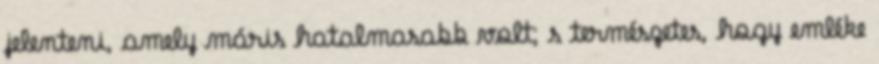
jelenteni, amely máris hatalmasabb volt; s természetes, hogy emléke